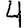
Digit: 4